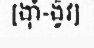
[ង៉ាំ-ង៉ូវ]